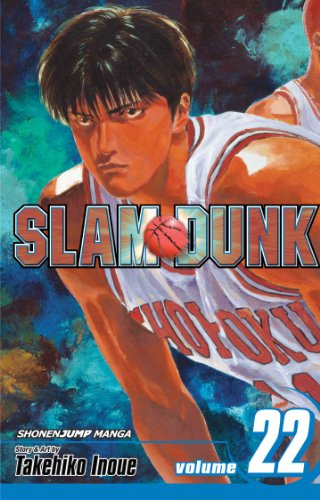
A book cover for Slam Dunk, Vol. 22; Takehiko Inoue; Comics & Graphic Novels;